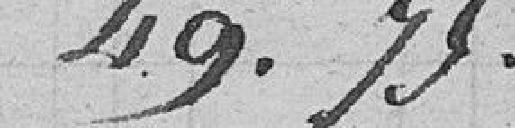
49.75